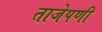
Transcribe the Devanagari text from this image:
ताजेपणी